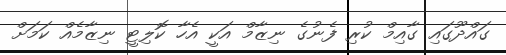
ގައްދޫގައި ގާއިމް ކުރި ފެނުގެ ނިޒާމް އަކީ އެހާ ކޮލިޓީ ނިޒާމެއް ކަމަށް